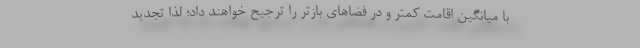
با میانگین اقامت کمتر و در فضاهای بازتر را ترجیح خواهند داد؛ لذا تجدید